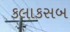
કલાકસબ